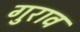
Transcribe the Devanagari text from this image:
गुराव